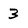
Character: 3